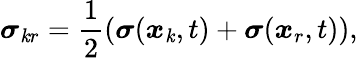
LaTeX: \boldsymbol{\sigma}_{\mathit{k}r}=\frac{{1}}{{2}}\left(\boldsymbol{\sigma}(\boldsymbol{x}_{\mathit{k}},t)+\boldsymbol{\sigma}(\boldsymbol{x}_{r},t)\right),